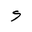
Letter: _hamza